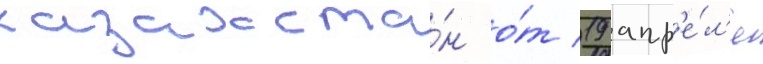
казахста́н о́т 19 апр'е́л'я